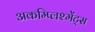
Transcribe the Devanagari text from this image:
अकम्प्लिश्मेंट्स